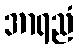
အာရညံ